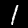
Label: 1